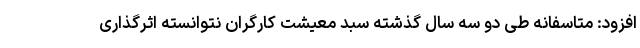
افزود: متاسفانه طی دو سه سال گذشته سبد معیشت کارگران نتوانسته اثرگذاری